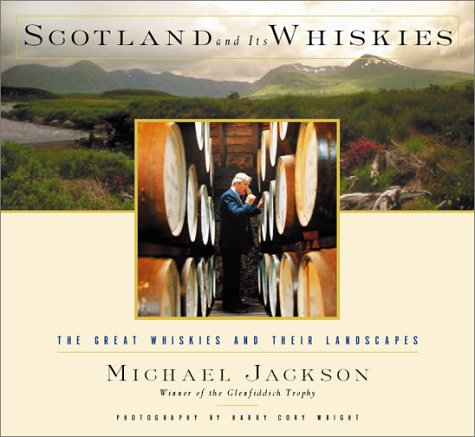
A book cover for Scotland and Its Whiskies: The Great Whiskies and Their Landscapes; Michael Jackson; Travel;